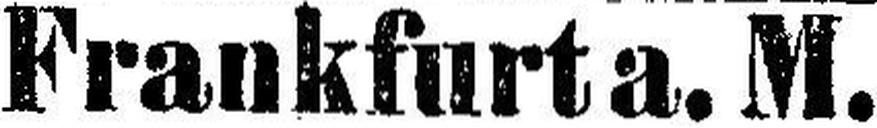
Frankfurt a. M.